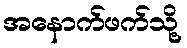
အနောက်ဖက်သို့